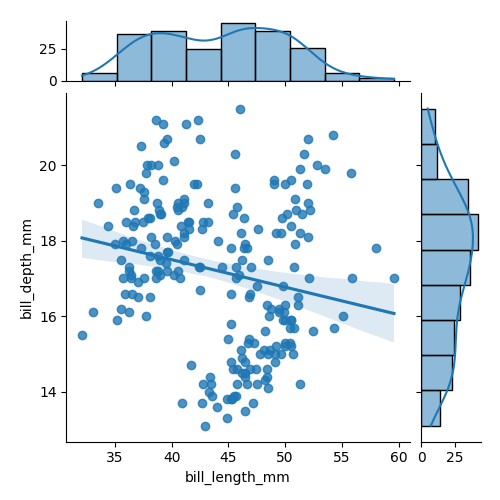
python, seaborn, jointplot, kind='reg', height='5', ratio='5', marginal_ticks='True'